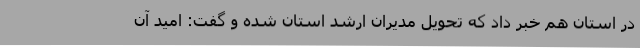
در استان هم خبر داد که تحویل مدیران ارشد استان شده و گفت: امید آن